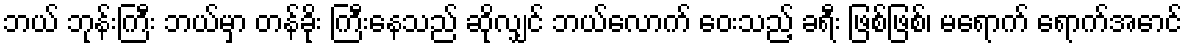
ဘယ် ဘုန်းကြီး ဘယ်မှာ တန်ခိုး ကြီးနေသည် ဆိုလျှင် ဘယ်လောက် ဝေးသည့် ခရီး ဖြစ်ဖြစ်၊ မရောက် ရောက်အောင်